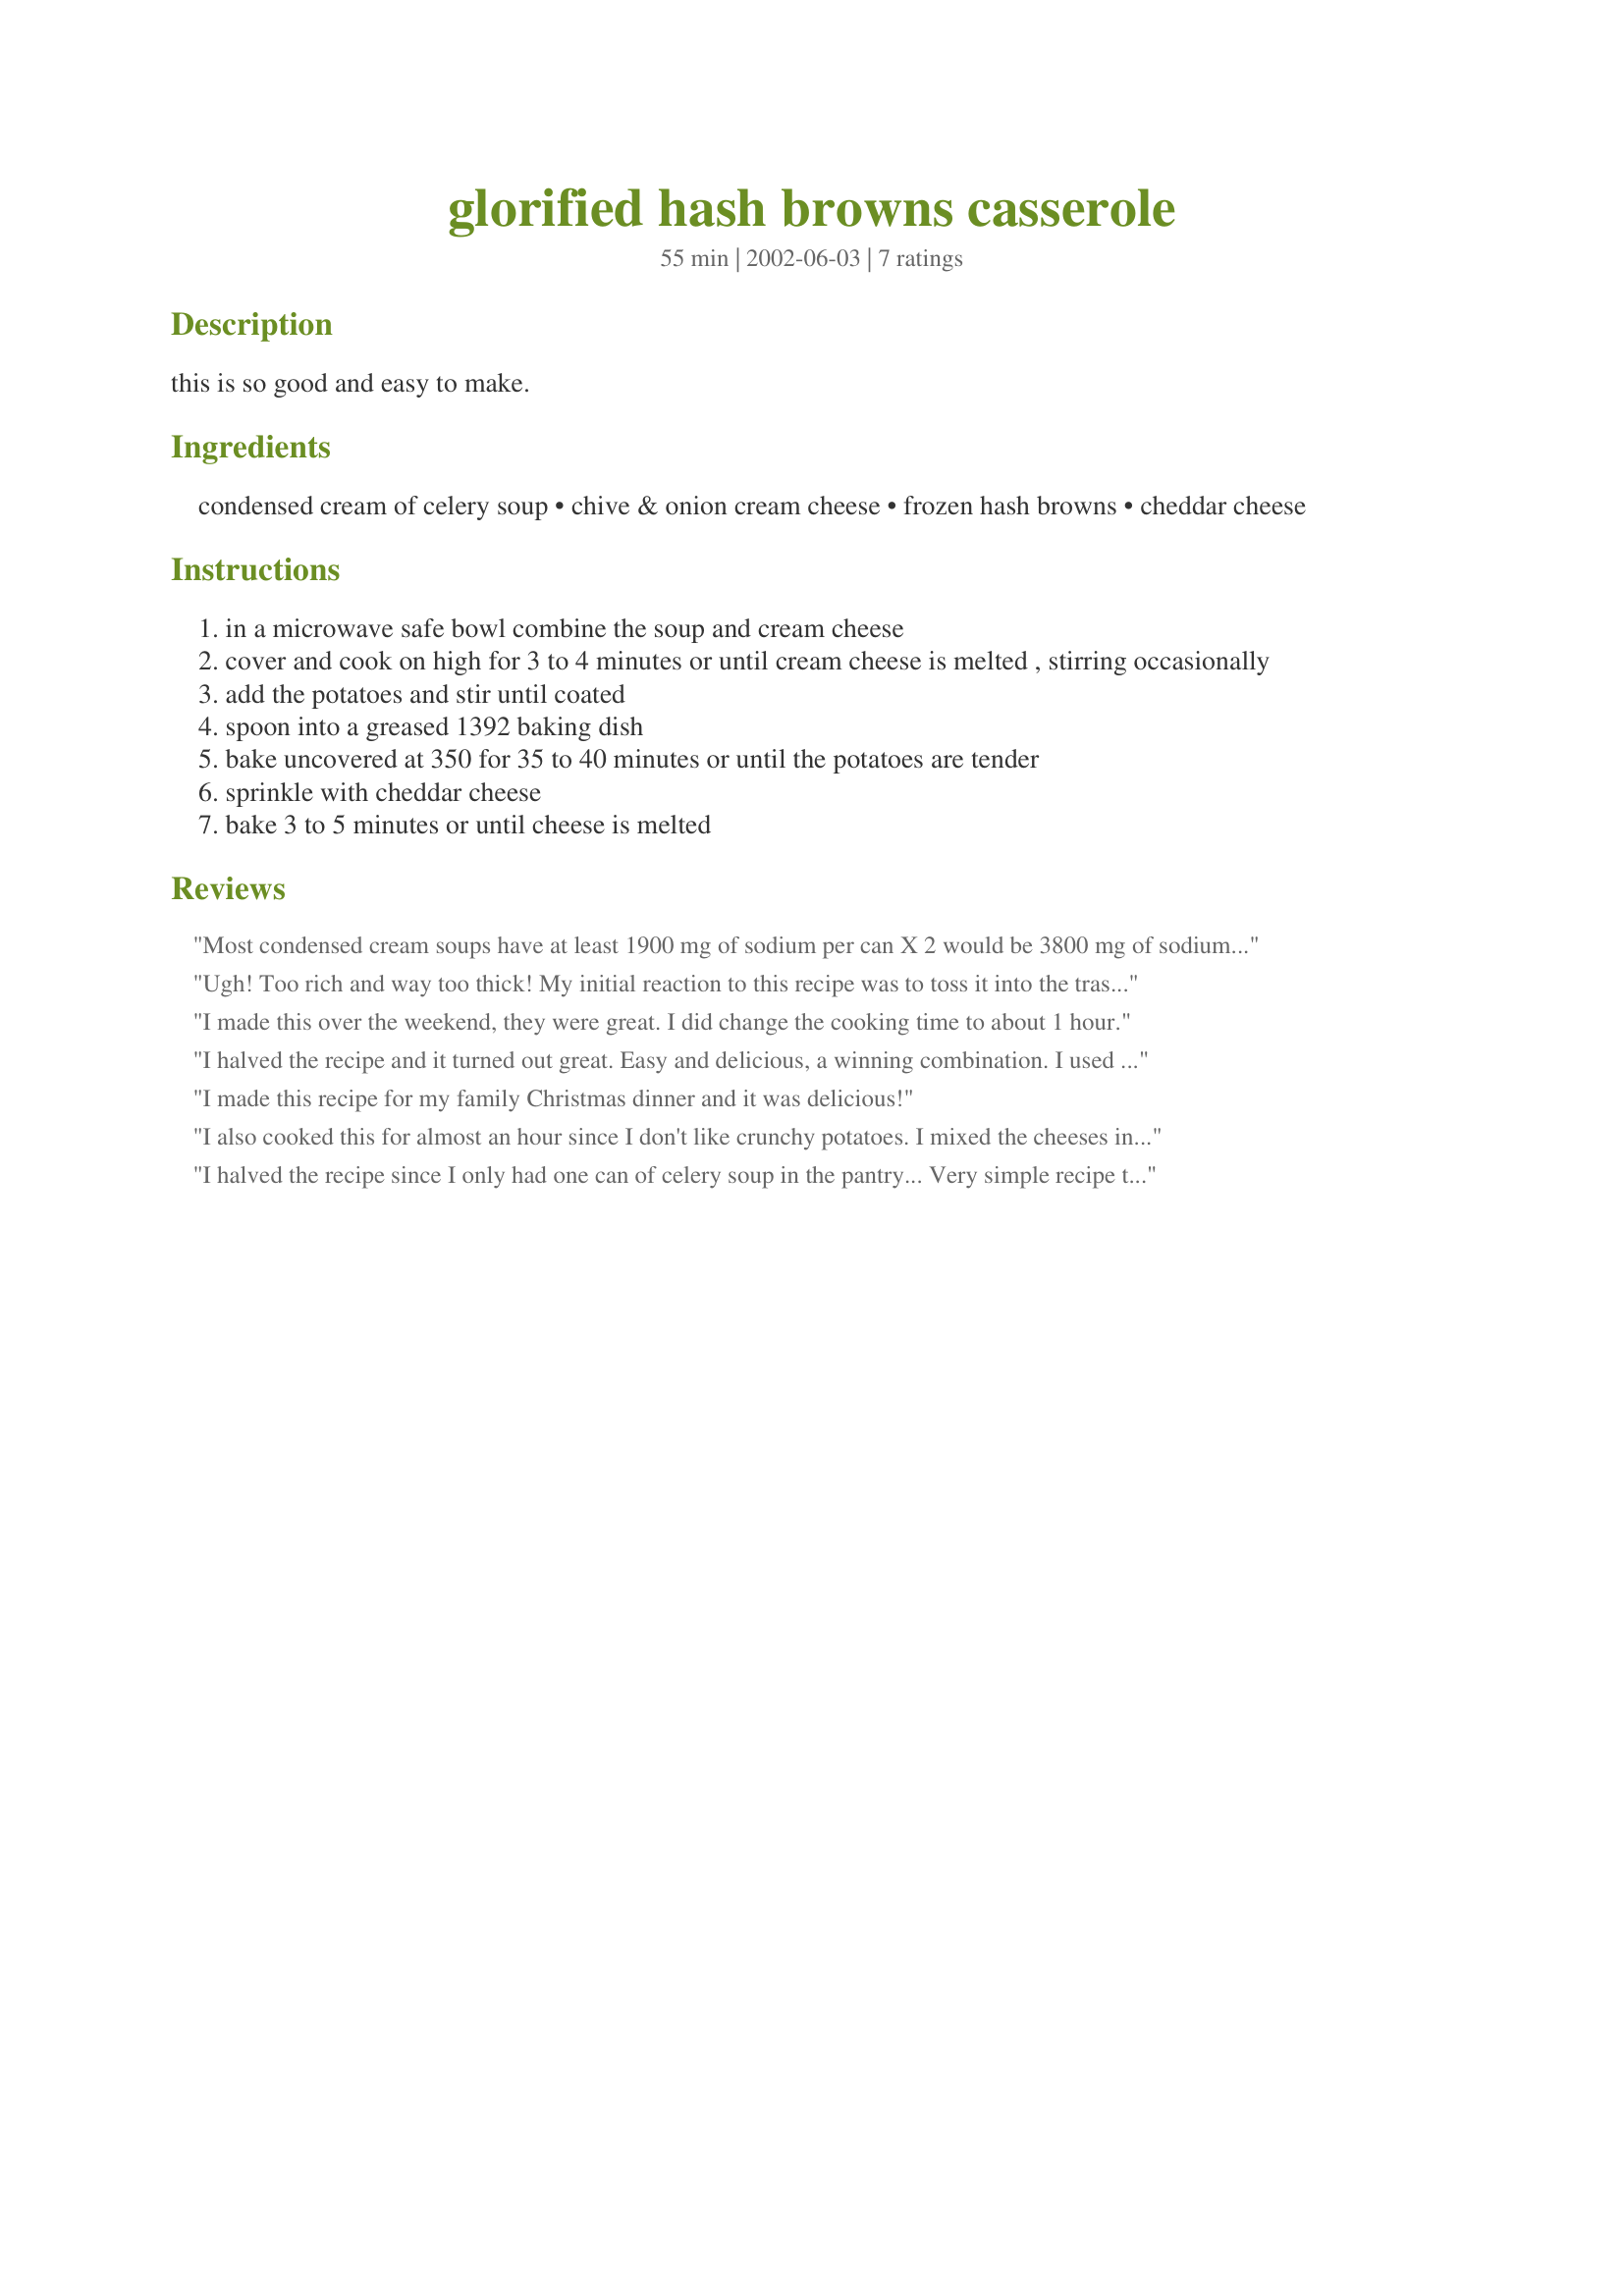
glorified hash browns casserole
Preparation time: 55 minutes

this is so good and easy to make.

Ingredients:
condensed cream of celery soup, chive & onion cream cheese, frozen hash browns, cheddar cheese

Steps:
in a microwave safe bowl combine the soup and cream cheese
cover and cook on high for 3 to 4 minutes or until cream cheese is melted , stirring occasionally
add the potatoes and stir until coated
spoon into a greased 1392 baking dish
bake uncovered at 350 for 35 to 40 minutes or until the potatoes are tender
sprinkle with cheddar cheese
bake 3 to 5 minutes or until cheese is melted

Reviews:
Most condensed cream soups have at least 1900 mg of sodium per can X 2 would be 3800 mg of sodium for this recipe and processed frozen potatoes are also loaded with sodium. I do not think this is correct.
Ugh! Too rich and way too thick! My initial reaction to this recipe was to toss it into the trash and give it no stars. But, I had promised to take it to a July 4th Pool Party. Much to my surprise, FIVE people liked this dish so much that they insisted that I email them the website for the recipe. I too found that the baking time was at least 30 minutes longer than recommended. Perhaps the hash browns were meant to be defrosted before adding them to the sauce? I'll never make it again, but my friends may and would give 5 stars if they were to rate this dish. Vive la difference...
I made this over the weekend, they were great. I did change the cooking time to about 1 hour.
I halved the recipe and it turned out great. Easy and delicious, a winning combination. I used French's cheddar flavored fried onions rings for the topping.
I made this recipe for my family Christmas dinner and it was delicious!
I also cooked this for almost an hour since I don't like crunchy potatoes. I mixed the cheeses in with all the other ingredients instead of baking it on top for the last 5 minutes. Next time I think I'll add some milk before cooking so it won't be so thick.
I halved the recipe since I only had one can of celery soup in the pantry... Very simple recipe to put together and throw in the oven with my main entree... however, it seemed it be missing something. It seemed a little bland to our tastes. I did end up cooking it for almost an hour before sprinkling on the cheese to make sure the potatoes were cooked through. It was just an "ok" side dish for us... but I might try it again one day and add some more seasonings... Thanks for sharing!
